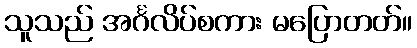
သူသည် အင်္ဂလိပ်စကား မပြောတတ်။